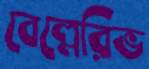
বেল্লেরিভ